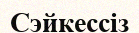
Сэйкессіз